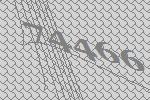
74466